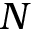
N